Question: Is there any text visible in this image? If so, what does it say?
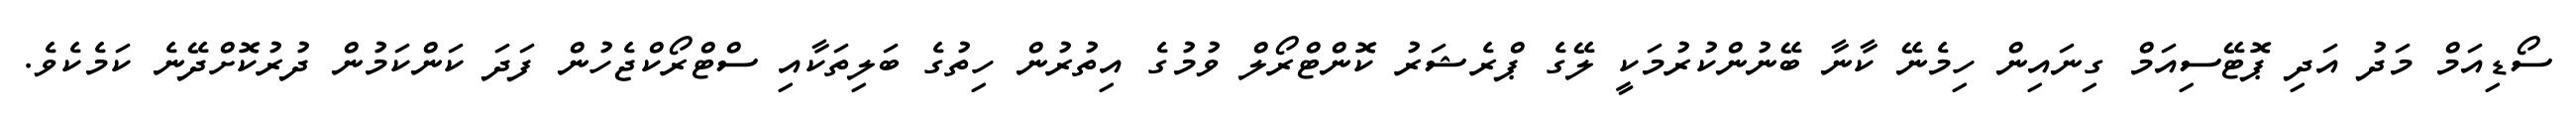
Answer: ސޯޑިއަމް މަދު އަދި ޕޮޓޭސިއަމް ގިނައިން ހިމެނޭ ކާނާ ބޭނުންކުރުމަކީ ލޭގެ ޕްރެޝަރު ކޮންޓްރޯލް ވުމުގެ އިތުރުން ހިތުގެ ބަލިތަކާއި ސްޓްރޯކްޖެހުން ފަދަ ކަންކަމުން ދުރުކޮށްދޭނެ ކަމެކެވެ.